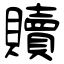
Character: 贖